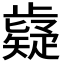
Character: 𭭷